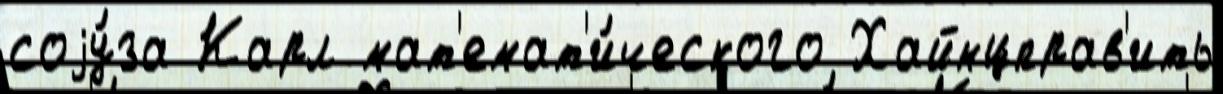
соjу́за Карл мат'емат'и́ческого Хайнцправ'ить